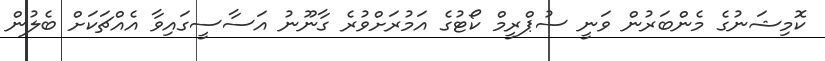
ކޮމިޝަނުގެ މެންބަރުން ވަނީ ސުޕްރީމް ކޯޓުގެ އަމުރަށްވުރެ ގާނޫނު އަސާސީގައިވާ އެއްޗަކަށް ބެލުން